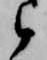
候